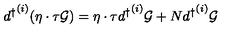
{ d ^ { \dagger } } ^ { ( i ) } ( \eta \cdot \tau { \cal { G } } ) = \eta \cdot \tau { d ^ { \dagger } } ^ { ( i ) } { \cal { G } } + N { d ^ { \dagger } } ^ { ( i ) } { \cal { G } }